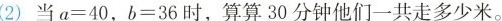
(2)当a=40，b=36时，算算30分钟他们一共走多少米。